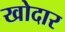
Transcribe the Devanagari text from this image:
खोदार